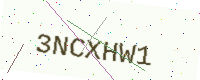
Text: 3NCXHW1